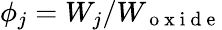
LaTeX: \phi_{j}=W_{j}/W_{\mathrm{~o~x~i~d~e~}}